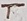
Text: T